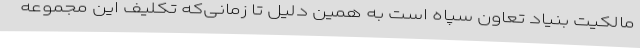
مالکیت بنیاد تعاون سپاه است به همین دلیل تا زمانی‌که تکلیف این مجموعه